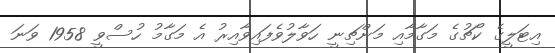
އިޓަލީގެ ކޯޗުގެ މަގާމާއި މަންޗިނީ ހަވާލުވެފައިވާއިރު އެ މަގާމު ހުސްވީ 1958 ވަނަ